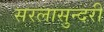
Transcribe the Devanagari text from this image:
सरलासुन्दरी